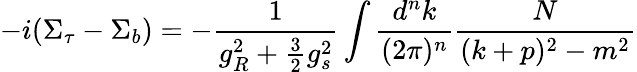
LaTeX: -i(\Sigma_{\tau}-\Sigma_{b})=-\frac{1}{g_{R}^{2}+\frac{3}{2}g_{s}^{2}}\int\frac{d^{n}k}{(2\pi)^{n}}\frac{N}{(k+p)^{2}-m^{2}}